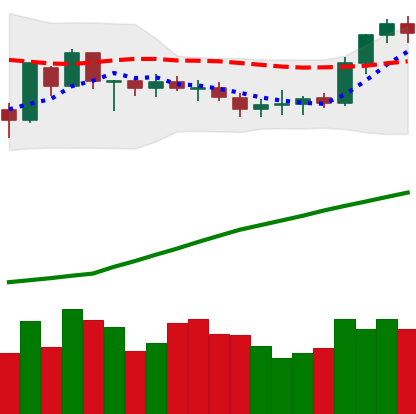
Ticker: BTC-USD
Chart end date: 2020-07-24
Forward return: 16.395%
Label: up_7plus